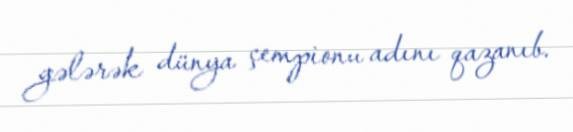
gələrək dünya çempionu adını qazanıb.